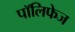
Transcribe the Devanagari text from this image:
पॉलिफेज